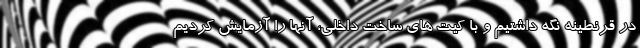
در قرنطینه نگه داشتیم و با کیت های ساخت داخلی، آنها را آزمایش کردیم